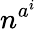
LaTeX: n^{a^{i}}